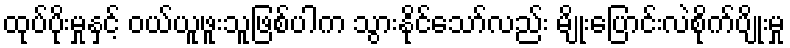
ထုပ်ပိုးမှုနှင့် ဝယ်ယူဖူးသူဖြစ်ပါက သွားနိုင်သော်လည်း မျိုးပြောင်းလဲစိုက်ပျိုးမှု